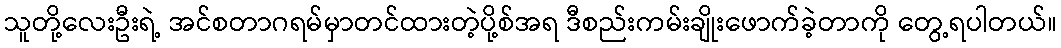
သူတို့လေးဦးရဲ့ အင်စတာဂရမ်မှာတင်ထားတဲ့ပို့စ်အရ ဒီစည်းကမ်းချိုးဖောက်ခဲ့တာကို တွေ့ရပါတယ်။